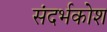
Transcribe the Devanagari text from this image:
संदर्भकोश